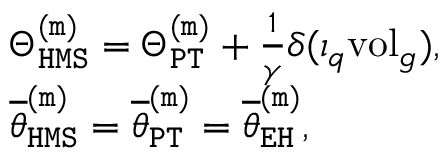
\begin{array} { r l } & { \Theta _ { \mathtt { H M S } } ^ { \mathtt { ( m ) } } = \Theta _ { \mathtt { P T } } ^ { \mathtt { ( m ) } } + \frac { 1 } { \gamma } \delta ( \iota _ { q } \mathrm { v o l } _ { g } ) , } \\ & { \overline { { \theta } } _ { \mathtt { H M S } } ^ { \mathtt { ( m ) } } = \overline { { \theta } } _ { \mathtt { P T } } ^ { \mathtt { ( m ) } } = \overline { { \theta } } _ { \mathtt { E H } } ^ { \mathtt { ( m ) } } , } \end{array}